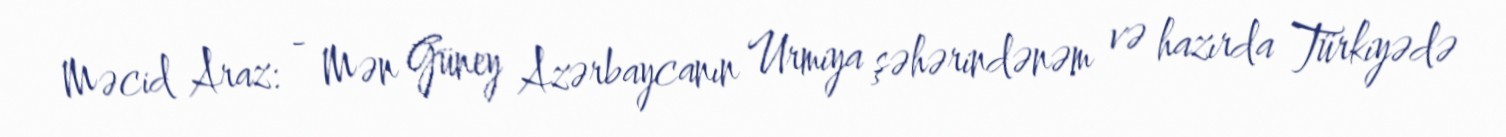
Məcid Araz: - Mən Güney Azərbaycanın Urmiya şəhərindənəm və hazırda Türkiyədə